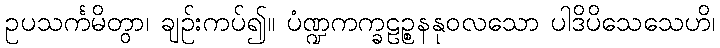
ဥပသင်္ကမိတွာ၊ ချဉ်းကပ်၍။ ပံဏ္ဍကက္ခဠဉ္စနနုဝလသော ပါဒိပိသေသေဟိ၊